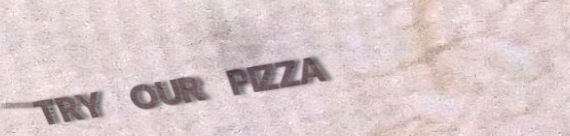
TRY OUR PIZZA